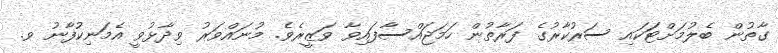
ގާތުން ބެލުމަށްޓަަކައި ސަރުކާރުގެ ފަރާތުން ހަމަޖައްސާފައިވާ ވަޒީރެވެ. މުނައްވަރު ވިދާޅުވީ އެމަނިކުފާނު ވ.